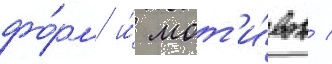
фо́рм и́ мот'и́вов /